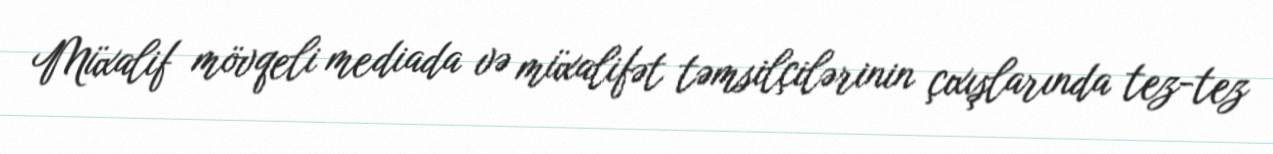
Müxalif mövqeli mediada və müxalifət təmsilçilərinin çıxışlarında tez-tez